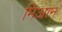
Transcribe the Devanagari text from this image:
मिआन